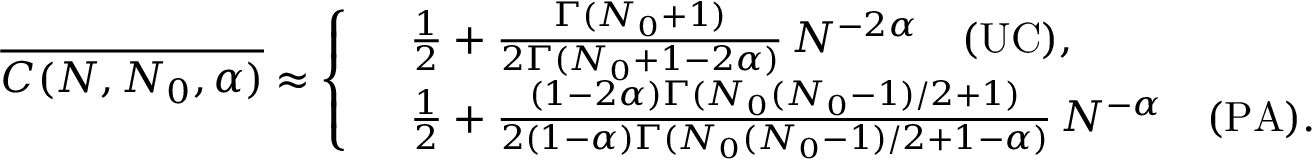
\overline { { C ( N , N _ { 0 } , \alpha ) } } \approx \left\{ \begin{array} { r l } & { \frac { 1 } { 2 } + \frac { \Gamma ( N _ { 0 } + 1 ) } { 2 \Gamma ( N _ { 0 } + 1 - 2 \alpha ) } \, N ^ { - 2 \alpha } \quad \mathrm { ( U C ) } , } \\ & { \frac { 1 } { 2 } + \frac { ( 1 - 2 \alpha ) \Gamma ( N _ { 0 } ( N _ { 0 } - 1 ) / 2 + 1 ) } { 2 ( 1 - \alpha ) \Gamma ( N _ { 0 } ( N _ { 0 } - 1 ) / 2 + 1 - \alpha ) } \, N ^ { - \alpha } \quad \mathrm { ( P A ) } . } \end{array} \right.